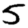
Digit: 5